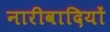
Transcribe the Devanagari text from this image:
नारीवादियों